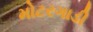
મોટરગાડી